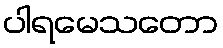
ပါရမေသတော